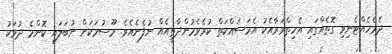
ދެމެހެއްޓެނިވި ގޮތެއްގައި އެހިތްވަރާއެކު އެމަސައްކަތް ކުރެވެމުންދާތީއެއް ނުފެނެއެވެ. މޫސުމަކަށް ނުބަލައި ކޮންމެ ދުވަކު